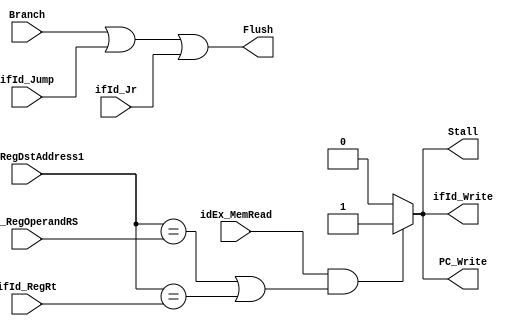
module HazardDetectionUnit
(
	/* ---------------------- INPUTS ----------------------*/
	input [4:0]	idEx_RegDstAddress1, //rt
	input  		idEx_MemRead,
	input [4:0] ifId_RegOperandRS,
	input [4:0] ifId_RegRt,
	input 		ifId_Jr,
	input 		ifId_Jump,
	input  		Branch,
	
	
	
	
	/* ---------------------- OUTPUTS ----------------------*/
	output reg	Stall,
	output reg	Flush,
	output reg	PC_Write,
	output reg	ifId_Write
	
);

	always@(*) begin
      if(idEx_MemRead && ((idEx_RegDstAddress1 == ifId_RegOperandRS) 
		   || (idEx_RegDstAddress1 == ifId_RegRt)))
			begin
				Stall <= 1;
				PC_Write <= 1;
				ifId_Write <= 1;
			end
      else
			begin
				Stall <= 0;
				PC_Write <= 0;
				ifId_Write <= 0;
			end
      Flush <= (Branch|ifId_Jump|ifId_Jr);
	end

endmodule